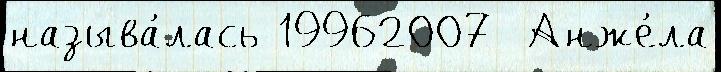
называ́лась 19962007  Анже́ла